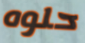
حلوه